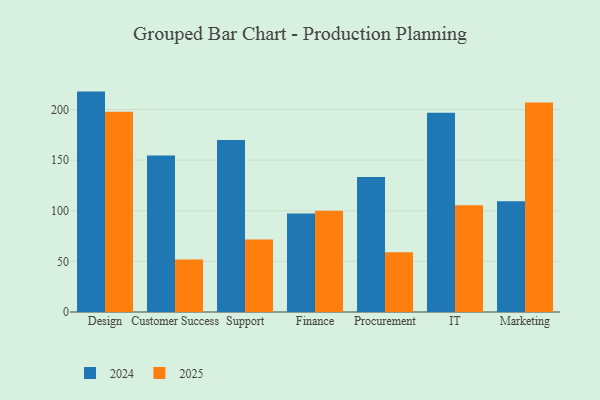
{"axis": {"x": "Department", "y": "Tickets Resolved"}, "legend": ["2024", "2025"], "data": [{"x": "Design", "y": 197.7, "type": "2025"}, {"x": "Design", "y": 217.7, "type": "2024"}, {"x": "Customer Success", "y": 51.8, "type": "2025"}, {"x": "Customer Success", "y": 154.7, "type": "2024"}, {"x": "Support", "y": 71.7, "type": "2025"}, {"x": "Support", "y": 169.9, "type": "2024"}, {"x": "Finance", "y": 99.9, "type": "2025"}, {"x": "Finance", "y": 97.3, "type": "2024"}, {"x": "Procurement", "y": 59.1, "type": "2025"}, {"x": "Procurement", "y": 133.4, "type": "2024"}, {"x": "IT", "y": 105.5, "type": "2025"}, {"x": "IT", "y": 196.8, "type": "2024"}, {"x": "Marketing", "y": 207.0, "type": "2025"}, {"x": "Marketing", "y": 109.5, "type": "2024"}]}